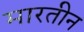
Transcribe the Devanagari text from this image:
मारतीन